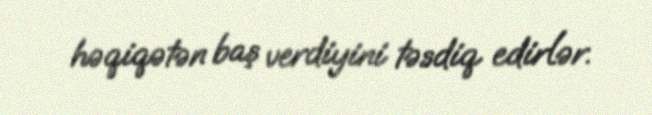
həqiqətən baş verdiyini təsdiq edirlər.